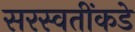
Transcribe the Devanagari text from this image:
सरस्वतींकडे